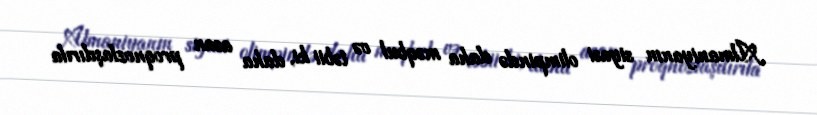
Almaniyanın siyasi olimpində daha məqbul və təbii ki, daha asan proqnozlaşdırıla